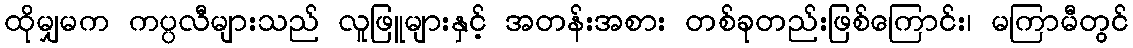
ထိုမျှမက ကပ္ပလီများသည် လူဖြူများနှင့် အတန်းအစား တစ်ခုတည်းဖြစ်ကြောင်း၊ မကြာမီတွင်